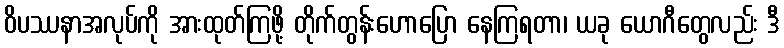
ဝိပဿနာအလုပ်ကို အားထုတ်ကြဖို့ တိုက်တွန်းဟောပြော နေကြရတာ၊ ယခု ယောဂီတွေလည်း ဒီ